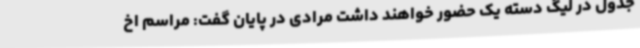
جدول در لیگ دسته یک حضور خواهند داشت مرادی در پایان گفت: مراسم اخ